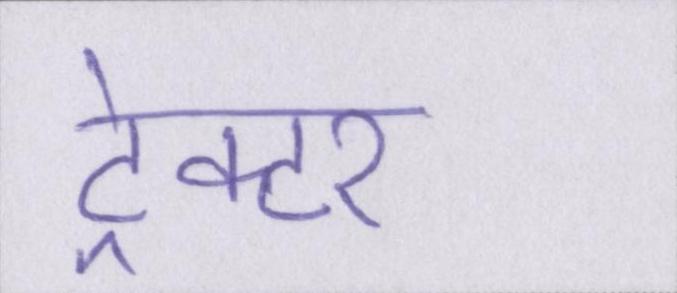
ट्रेक्टर